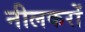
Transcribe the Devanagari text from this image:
नीलकरों